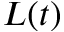
L ( t )